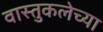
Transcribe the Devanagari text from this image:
वास्तुकलेच्या